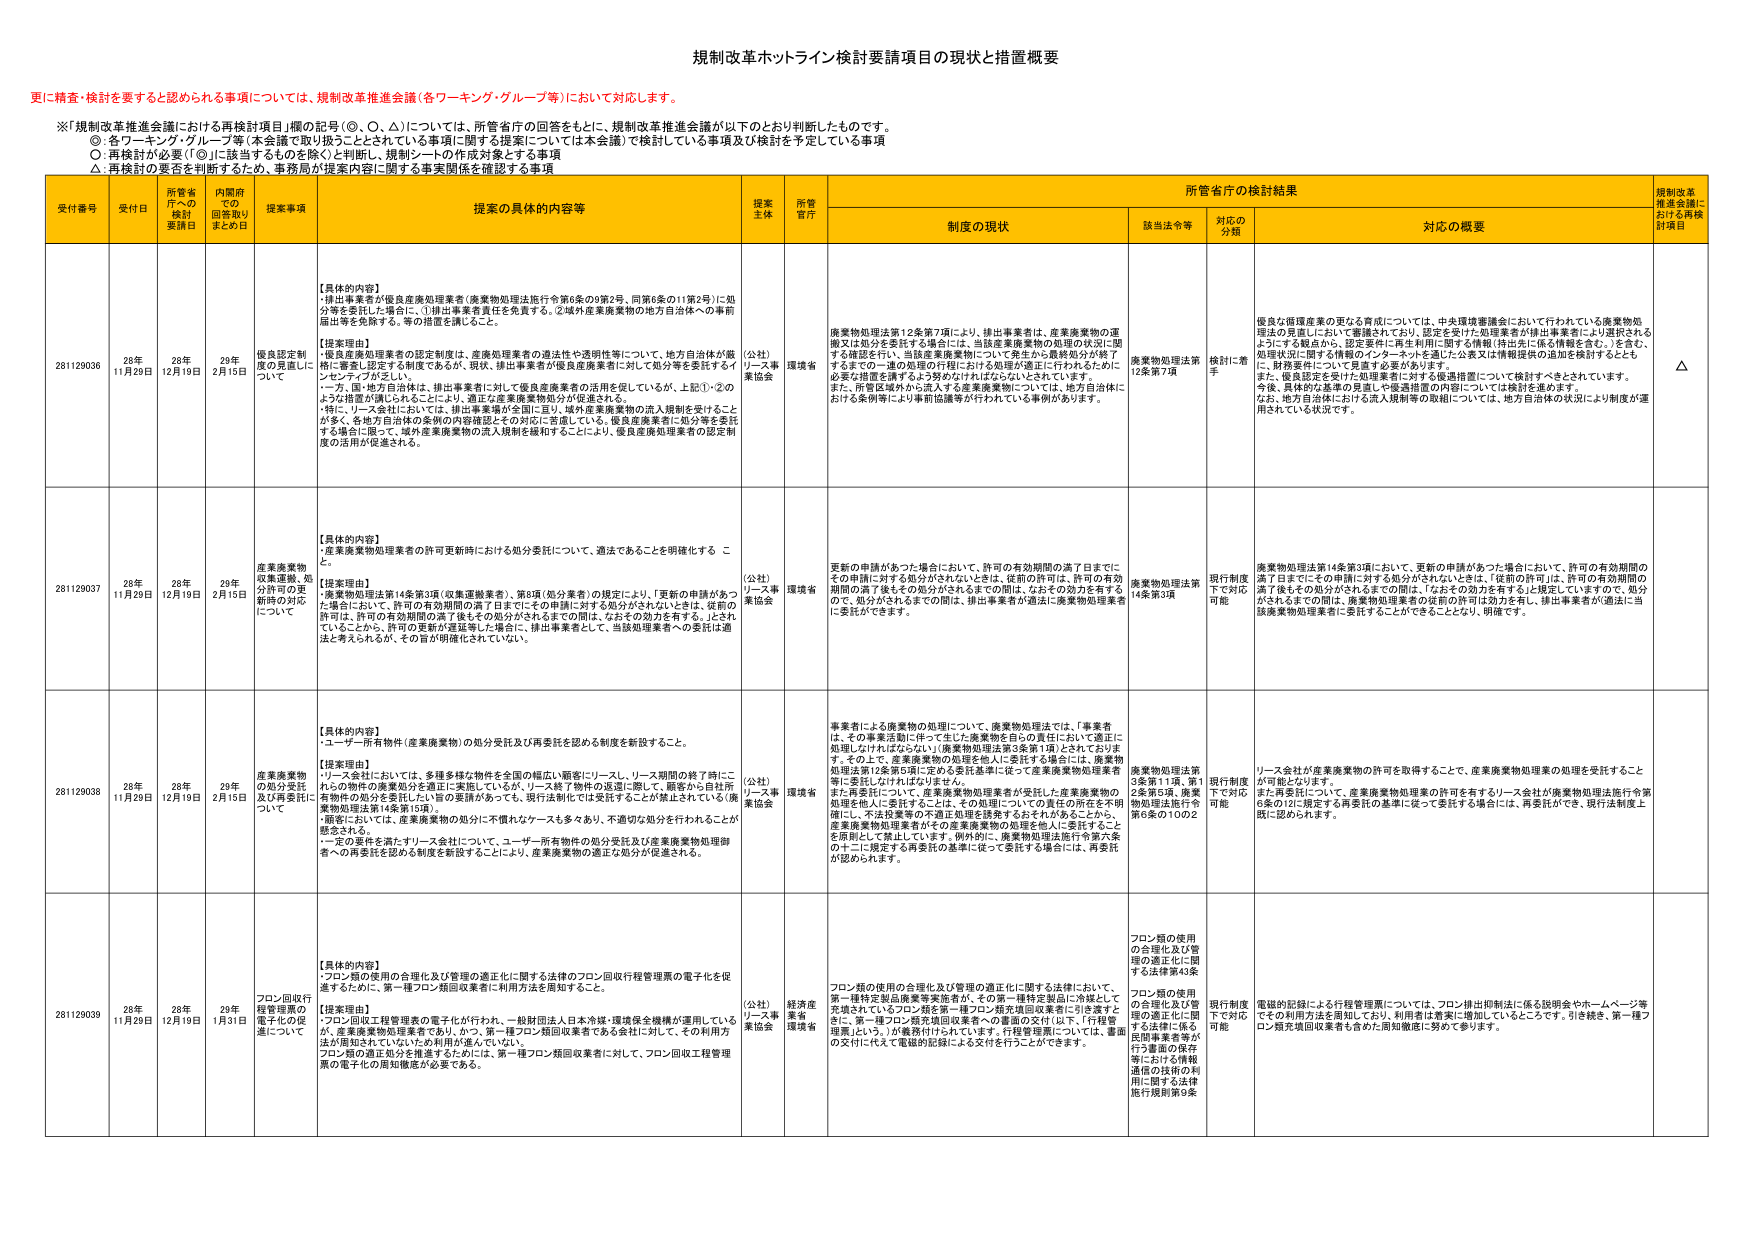
規制改革ホットライン検討要請項目の現状と措置概要

更に精査・検討を要すると認められる事項については、規制改革推進会議（各ワーキング・グループ等）において対応します。

※「規制改革推進会議における再検討項目」欄の記号（◎、○、△）については、所管省庁の回答をもとに、規制改革推進会議が以下のとおり判断したものです。
◎：各ワーキング・グループ等（本会議で取り扱うこととされている事項に関する提案については本会議）で検討している事項及び検討を予定している事項
○：再検討が必要（「◎」に該当するものを除く）と判断し、規制シートの作成対象とする事項
△：再検討の要否を判断するため、事務局が提案内容に関する事実関係を確認する事項

受付番号 受付日 所管省庁への検討要請日 内閣府での回答取りまとめ日 提案事項 提案の具体的内容等 提案主体 所管省庁 所管省庁の検討結果 規制改革推進会議における再検討項目
制度の現状 該当法令等 対応の分類 対応の概要

281129036 28年11月29日 28年12月19日 29年2月15日 優良認定制度の見直しについて 【具体的な内容】
・排出事業者が優良産業廃棄物業者（廃棄物処理法施行令第6条の9第2項、同第6条の11第2号）に処分等を委託した場合に、①排出事業者責任を免責する。②域外産業廃棄物の地方自治体への事前届出等を免除する。等の措置を講じること。
【提案理由】
・優良産業処理業者の認定制度は、産業廃棄物業者の適法性や透明性等について、地方自治体が厳格に審査し認定する制度であるが、現状、排出事業者が優良産業業者に対して処分等を委託するインセンティブが乏しい。
・一方、国・地方自治体は、排出事業者に対して優良産業廃業者の活用を促しているが、上記①・②のような措置が講じられることにより、適正な産業廃棄物処分が促進される。
・特に、リース会社においては、排出事業者が全国に亘り、域外産業廃棄物の流入規制を受けることが多く、各地方自治体の条例の内容確認とその対応に苦慮している。優良産業業者に処分等を委託する場合に限って、域外産業廃棄物の流入規制を緩和することにより、優良産業処理業者の認定制度の活用が促進される。 （公社）リース事業協会 環境省 廃棄物処理法第12条第7項により、排出事業者は、産業廃棄物の運搬又は処分を委託する場合には、当該産業廃棄物の処理の状況に関する確認を行い、当該産業廃棄物について発生から最終処分が終了するまでの一連の処理の行程における処理の適正に行われるために必要な措置を講ずるよう努めなければならないとされています。また、所管区域外から流入する産業廃棄物については、地方自治体における条例等により事前届識等が行われている事例があります。 廃棄物処理法第12条第7項 検討に着手 優良な環境産業の更なる育成については、中央環境審議会において行われている廃棄物処理法の見直しにおいて審議されており、認定を受けた処理業者が排出事業者により選択されるようする観点から、認定要件に再生利用に関する情報（排出先に係る情報を含む。）を含む、処理状況に関する情報のインターネットを通じた公表又は情報提供の追加を検討するとともに、財務要件について見直す必要があります。
また、優良認定を受けた処理業者に対する優遇措置については検討すべきとされています。
今後、具体的な基準の見直しや優遇措置の内容については検討を進めます。
なお、地方自治体における流入規制等の取組については、地方自治体の状況により制度が運用されている状況です。 △

281129037 28年11月29日 28年12月19日 29年2月15日 産業廃棄物収集運搬、処分許可の更新時の対応について 【具体的な内容】
・産業廃棄物処理業者の許可更新時における処分委託について、適法であることを明確化する こと。
【提案理由】
・廃棄物処理法第14条第3項（収集運搬業者）、第8項（処分業者）の規定により、「更新の申請があった場合において、許可の有効期間の満了日までにその申請に対する処分がされないときは、従前の許可は、許可の有効期間の満了後もその処分がされるまでの間は、なおその効力を有するので、処分がされぬまでの間は、排出事業者の適法に廃棄物処理業者に委託ができます。 （公社）リース事業協会 環境省 更新の申請があった場合において、許可の有効期間の満了日までにその申請に対する処分がされないときは、従前の許可は、許可の有効期間の満了後もその処分がされるまでの間は、なおその効力を有するので、処分がされぬまでの間は、排出事業者の適法に廃棄物処理業者に委託ができます。 廃棄物処理法第14条第3項 現行制度下で対応可能 廃棄物処理法第14条第3項において、更新の申請があった場合において、許可の有効期間の満了日までにその申請に対する処分がされないときは、「従前の許可」は、許可の有効期間の満了後もその処分がされるまでの間は、「なおその効力を有する」と規定していますので、処分がされるまでの間は、廃棄物処理業者の従前の許可は効力を有し、排出事業者が適法に当該廃棄物処理業者に委託することができるこ ととなり、明確です。

281129038 28年11月29日 28年12月19日 29年2月15日 産業廃棄物の処分委託及び再委託について 【具体的な内容】
・ユーザー所有物件（産業廃棄物）の処分委託及び再委託を認める制度を新設すること。
【提案理由】
・リース会社においては、多種多様な物件を全国の幅広い顧客にリースし、リース期間の終了時にこれらの物件の廃棄処分を適正に実施しているが、リース終了物件の返還に際して、顧客から自社所有物件の処分を委託した1旨の要請があっても、現行法制化では受託することが禁止されている（廃棄物処理法第14条第10項）。
・顧客においては、産業廃棄物の処分に不慣れなケースも多くあり、不適切な処分を行われることが懸念される。
・一定の要件を満たすリース会社について、ユーザー所有物件の処分委託及び産業廃棄物処理御者への再委託を認める制度を新設することにより、産業廃棄物の適正な処分が促進される。 （公社）リース事業協会 環境省 事業者による廃棄物の処理について、廃棄物処理法では、「事業者は、その事業活動に伴って生じた廃棄物を自らの責任において適正に処理しなければならない」（廃棄物処理法第3条第1項）としておりま す。その上で、産業廃棄物の処理を他人に委託する場合には、廃棄物処理法第12条第5項に定める委託基準に従って産業廃棄物処理業者等に委託しなければなりません。
また再委託について、産業廃棄物処理業者が受託した産業廃棄物の処理を他人に委託することは、その処理についての責任の所在を不明確にし、不法投棄等の不適正処理を誘発するおそれがあることから、産業廃棄物処理業者がその産業廃棄物の処理を他人に委託することを原則として禁止しています。例外的に、廃棄物処理法施行令第六条の十二に規定する再委託の基準に従って委託する場合には、再委託が認められます。 廃棄物処理法第3条第1項、第12条第5項、廃棄物処理法施行令第6条の10の2 現行制度下で対応可能 リース会社が産業廃棄物の許可を取得することで、産業廃棄物処理業の処理を受託すること が可能となります。
また再委託について、産業廃棄物処理業の許可を有するリース会社が廃棄物処理法施行令第6条の12に規定する再委託の基準に従って委託する場合には、再委託ができ、現行法制度上既に認められます。

281129039 28年11月29日 28年12月19日 29年1月31日 フロン回収行程管理票の電子化の促進について 【具体的な内容】
・フロン類の使用の合理化及び管理の適正化に関する法律のフロン回収行程管理票の電子化を促進するために、第一種フロン類回収業者に利用方法を周知すること。
【提案理由】
・フロン回収工程管理票の電子化が行われ、一般財団法人日本冷媒・環境保全機構が運用しているが、産業廃棄物処理業者であり、かつ、第一種フロン類回収業者である会社に対して、その利用方法が周知されていないため利用が進んでいない。
フロン類の適正処分を推進するためには、第一種フロン類回収業者に対して、フロン回収工程管理票の電子化の周知徹底が必要である。 （公社）リース事業協会 経済産業省、環境省 フロン類の使用の合理化及び管理の適正化に関する法律において、第一種特定製品廃棄等実施者が、その第一種特定製品に処理として充填されているフロン類を第一種フロン類充填回収業者に引き渡すときに、第一種フロン類充填回収業者への書面の交付（以下、「行程管理票」という。）が義務付けられています。行程管理票については、書面の交付に代えて電磁的記録による交付を行うことができます。 フロン類の使用の合理化及び管理の適正化に関する法律第43条 フロン類の使用の合理化及び管理の適正化に関する法律に係る民間事業者等が行う書面の保存等における情報通信の技術の利用に関する法律施行規則第9条 現行制度下で対応可能 電磁的記録による行程管理票については、フロン排出抑制法に係る説明会やホームページ等でその利用方法を周知しており、利用者は着実に増加しているところです。引き続き、第一種フロン類充填回収業者も含めた周知徹底に努めて参ります。